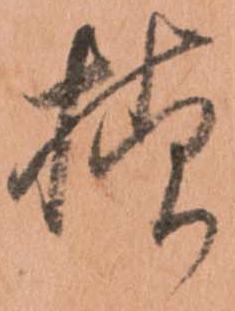
様